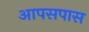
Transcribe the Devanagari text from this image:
आपसपास